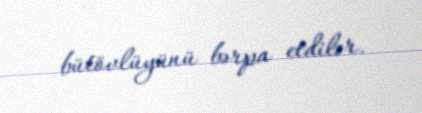
bütövlüyünü bərpa etdilər.